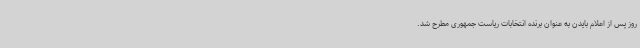
روز پس از اعلام بایدن به عنوان برنده انتخابات ریاست جمهوری مطرح شد.